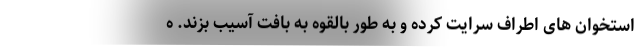
استخوان های اطراف سرایت کرده و به طور بالقوه به بافت آسیب بزند. ه